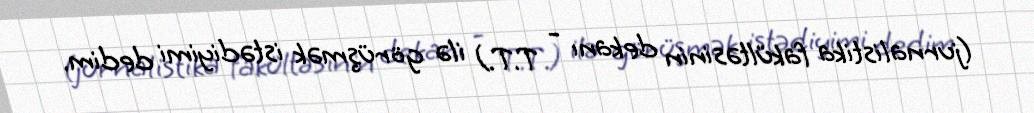
(jurnalistika fakültəsinin dekanı - T.T.) ilə görüşmək istədiyimi dedim.